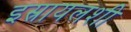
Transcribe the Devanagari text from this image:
इस्रायलशी